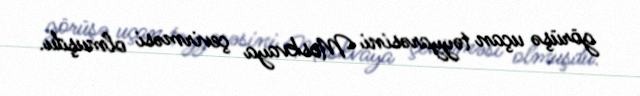
görüşə uçan təyyarəsini Moskvaya çevirməsi olmuşdu.